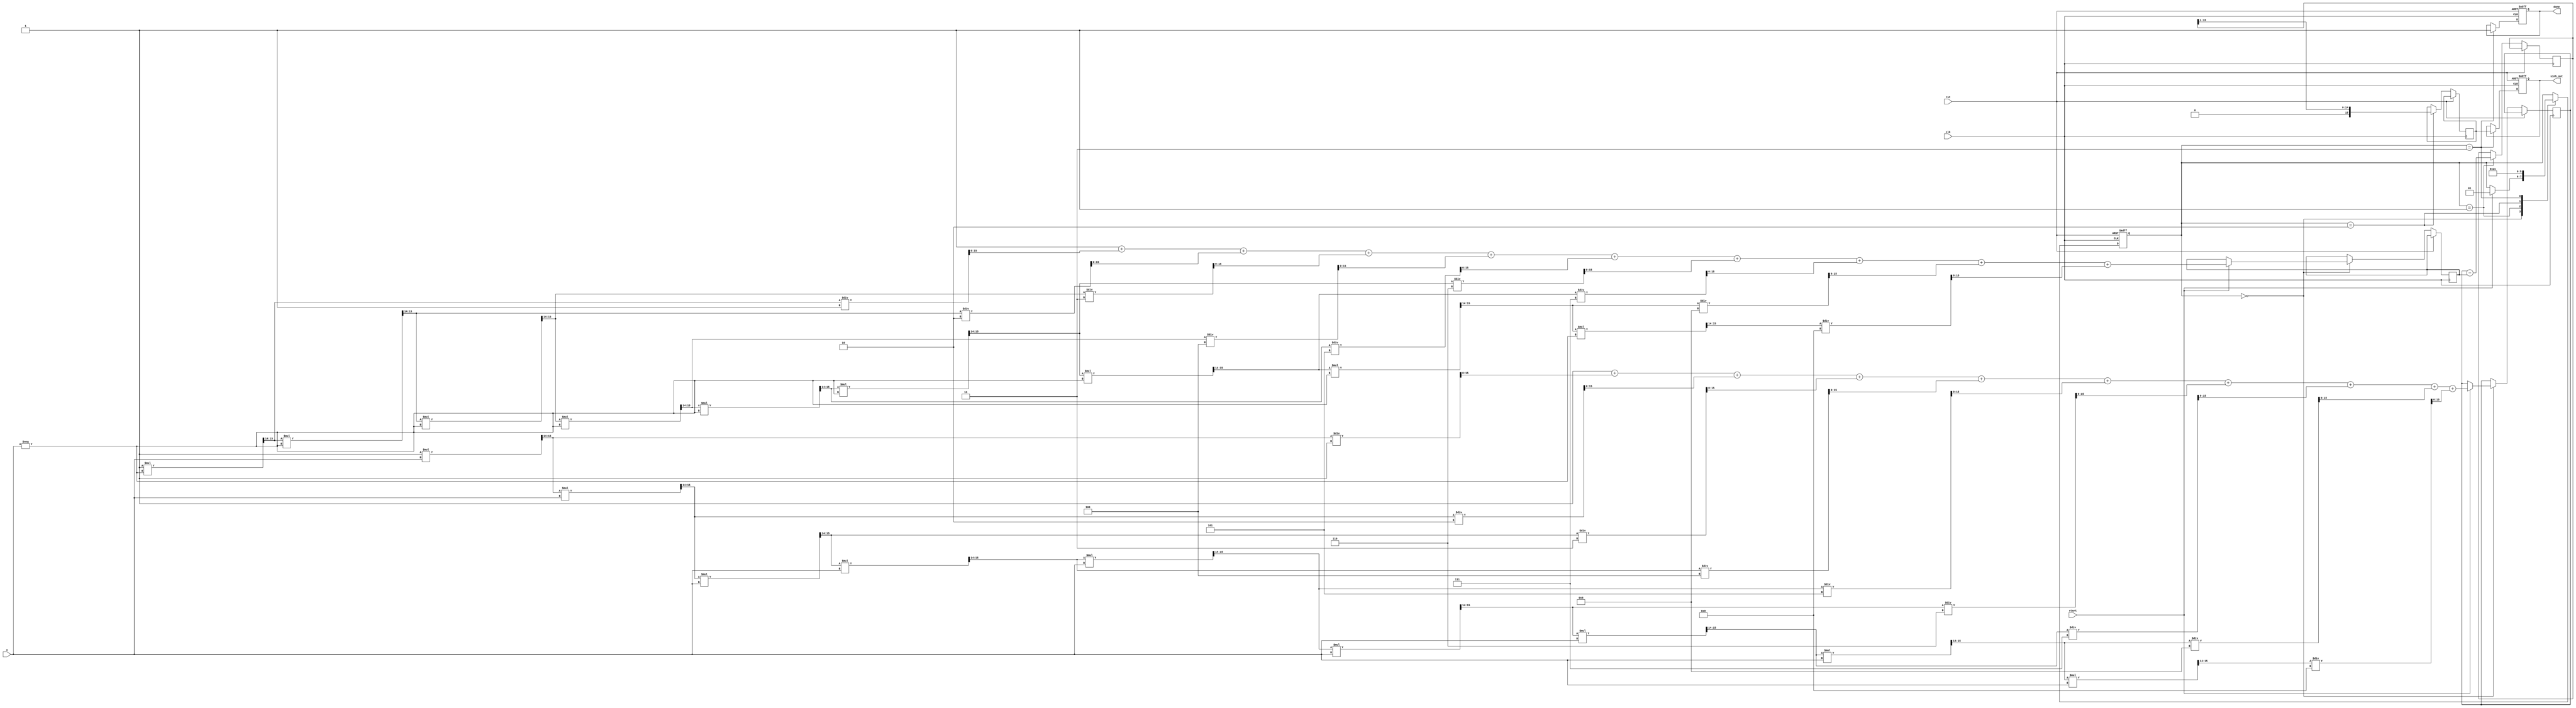
module sinh_block (
    input wire [15:0] x,          // Input value (fixed-point representation)
    output reg [15:0] sinh_out,   // Output value for sinh(x)
    input wire clk,                // Clock signal
    input wire rst,                // Reset signal
    input wire start,              // Start signal for computation
    output reg done                // Done signal for computation completion
);

    // Internal signals
    reg [15:0] exp_x;              // e^x
    reg [15:0] exp_neg_x;          // e^(-x)
    reg [15:0] sub_result;         // e^x - e^(-x)
    reg [1:0] state;               // State for FSM
    reg [15:0] div_result;         // Result of division by 2

    // State encoding
    localparam IDLE = 2'b00,
               CALC_EXP = 2'b01,
               CALC_SUB = 2'b10,
               CALC_DIV = 2'b11;

    // Taylor series approximation for e^x
    function [15:0] exp_approx(input [15:0] x);
        reg [15:0] term;
        reg [15:0] sum;
        integer i;
        begin
            sum = 16'h0001; // e^0 = 1
            term = 16'h0001; // First term is x^0 / 0!
            for (i = 1; i < 10; i = i + 1) begin
                term = (term * x) >> 14; // x^i / i! (shift right for fixed-point)
                sum = sum + term / i; // Add term to sum
            end
            exp_approx = sum;
        end
    endfunction

    // Main FSM for computation
    always @(posedge clk or posedge rst) begin
        if (rst) begin
            state <= IDLE;
            sinh_out <= 16'h0000;
            done <= 1'b0;
        end else begin
            case (state)
                IDLE: begin
                    if (start) begin
                        exp_x <= exp_approx(x); // Compute e^x
                        exp_neg_x <= exp_approx(-x); // Compute e^(-x)
                        state <= CALC_EXP;
                    end
                end
                CALC_EXP: begin
                    sub_result <= exp_x - exp_neg_x; // Compute e^x - e^(-x)
                    state <= CALC_SUB;
                end
                CALC_SUB: begin
                    div_result <= sub_result >> 1; // Divide by 2
                    state <= CALC_DIV;
                end
                CALC_DIV: begin
                    sinh_out <= div_result; // Output the result
                    done <= 1'b1; // Indicate completion
                    state <= IDLE; // Go back to IDLE
                end
            endcase
        end
    end

endmodule